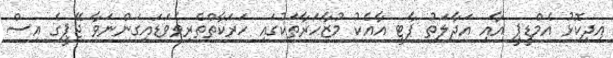
އިދިކޮޅު އެމްޑީޕީ އާއި އަދާލަތު ޕާޓީ އާއެކު މުޒާހަރާތަކުގައި ހަރަކާތްތެރިވެވަޑައިގަންނަވާ ޖޭޕީގެ އިސް